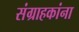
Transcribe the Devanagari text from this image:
संग्राहकांना